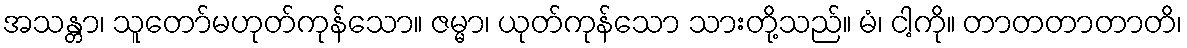
အသန္တာ၊ သူတော်မဟုတ်ကုန်သော။ ဇမ္မာ၊ ယုတ်ကုန်သော သားတို့သည်။ မံ၊ ငါ့ကို။ တာတတာတာတိ၊